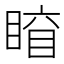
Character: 𥈛